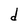
Character: d